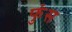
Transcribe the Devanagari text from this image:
फुंस